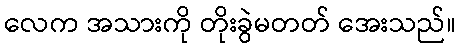
လေက အသားကို တိုးခွဲမတတ် အေးသည်။